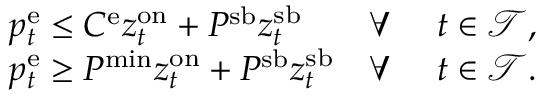
\begin{array} { r l r l } & { p _ { t } ^ { \mathrm { { e } } } \leq C ^ { \mathrm { e } } z _ { t } ^ { \mathrm { { o n } } } + P ^ { \mathrm { s b } } z _ { t } ^ { \mathrm { { s b } } } } & { \forall ~ } & { t \in \mathcal { T } , } \\ & { p _ { t } ^ { \mathrm { e } } \geq P ^ { \mathrm { { m i n } } } z _ { t } ^ { \mathrm { o n } } + P ^ { \mathrm { { s b } } } z _ { t } ^ { \mathrm { s b } } } & { \forall ~ } & { t \in \mathcal { T } . } \end{array}